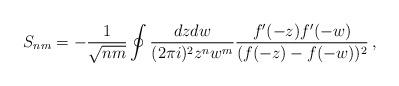
LaTeX: \begin{align*}S_{nm}=-\frac{1}{\sqrt{nm}} \oint\frac{dzdw}{(2\pi i)^2 z^{n}w^{m}}\frac{f'(-z)f'(-w)}{(f(-z)-f(-w))^2}\,,\end{align*}